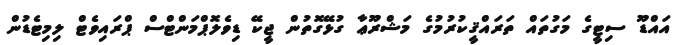
އައްޑޫ ސިޓީގެ މަގުތައް ތަރައްޤީކުރުމުގެ މަޝްރޫޢާ ގުޅޭގޮތުން ޖީކޭ ޑިވެލޮޕްމަންޓްސް ޕްރައިވެޓް ލިމިޓެޑުން